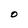
Character: O